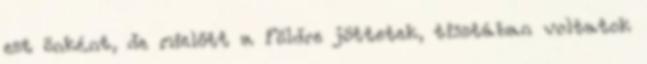
ezt önként, de mielőtt a Földre jöttetek, tisztában voltatok